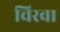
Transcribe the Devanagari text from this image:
चिरवा